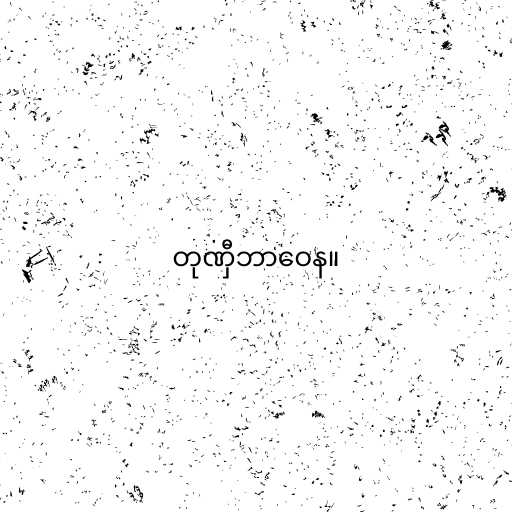
တုဏှီဘာဝေန။